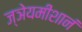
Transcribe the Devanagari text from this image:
ज्ञेयमीशानं